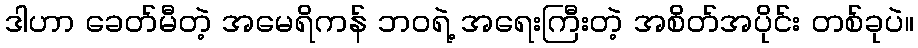
ဒါဟာ ခေတ်မီတဲ့ အမေရိကန် ဘဝရဲ့ အရေးကြီးတဲ့ အစိတ်အပိုင်း တစ်ခုပဲ။